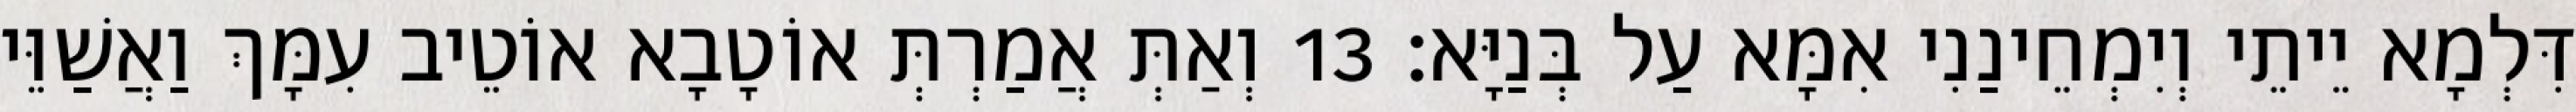
דִּלְמָא יֵיתֵי וְיִמְחֵינַנִי אִמָּא עַל בְּנַיָּא׃ 13 וְאַתְּ אֲמַרְתְּ אוֹטָבָא אוֹטֵיב עִמָּךְ וַאֲשַׁוֵּי